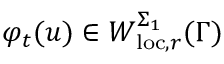
\varphi _ { t } ( u ) \in W _ { \mathrm { l o c } , r } ^ { \Sigma _ { 1 } } ( \Gamma )